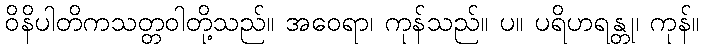
ဝိနိပါတိကသတ္တဝါတို့သည်။ အဝေရာ၊ ကုန်သည်။ ပ။ ပရိဟရန္တု၊ ကုန်။